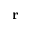
\mathbf { r }